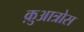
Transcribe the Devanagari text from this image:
क़ुआत्रोस